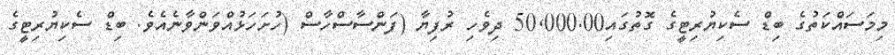
މިމަސައްކަތުގެ ބިޑް ސެކިޔުރިޓީގެ ގޮތުގައި50